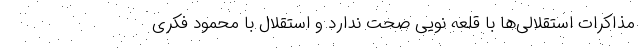
مذاکرات استقلالی‌ها با قلعه نویی صحت ندارد و استقلال با محمود فکری